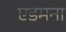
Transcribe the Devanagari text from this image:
एडमना